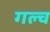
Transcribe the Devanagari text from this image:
गल्च